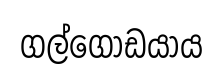
ගල්ගොඩයාය